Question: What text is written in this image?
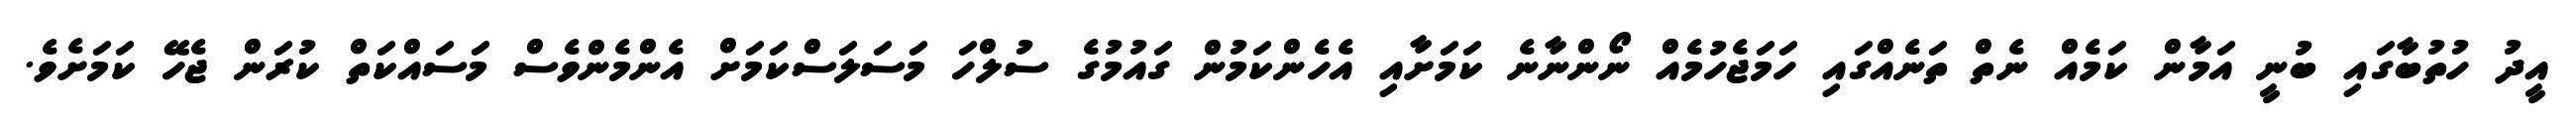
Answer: އީދު ހުތުބާގައި ބުނީ އަމާން ކަމެއް ނެތް ތަނެއްގައި ހަމަޖެހުމެއް ނޯންނާނެ ކަމަށާއި އެހެންކަމުން ގައުމުގެ ސުލްހަ މަސަލަސްކަމަށް އެންމެންވެސް މަސައްކަތް ކުރަން ޖެހޭ ކަމަށެވެ.